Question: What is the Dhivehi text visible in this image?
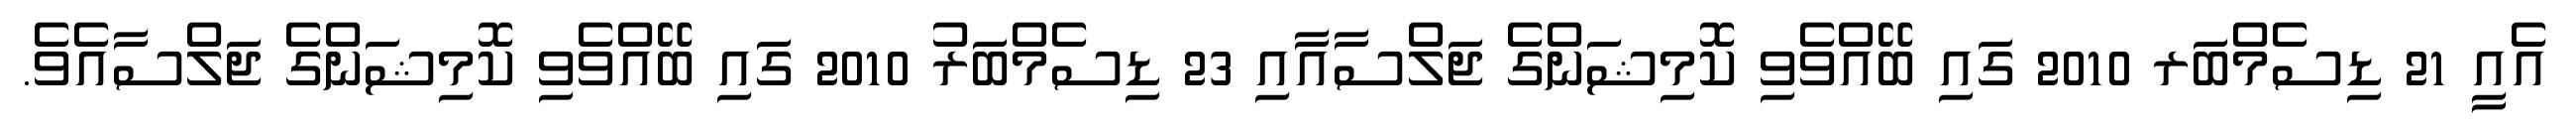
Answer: އެއީ 21 ޑިސެމްބަރ 2010 ގައި ބޭއްވެވި ކޮމިޝަންގެ ޖަލްސާއާއި 23 ޑިސެމްބަރު 2010 ގައި ބޭއްވެވި ކޮމިޝަންގެ ޖަލްސާއެވެ.